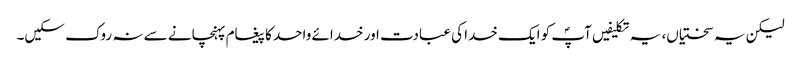
لیکن یہ سختیاں، یہ تکلیفیں آپؐ کو ایک خدا کی عبادت اور خدائے واحد کا پیغام پہنچانے سے نہ روک سکیں۔